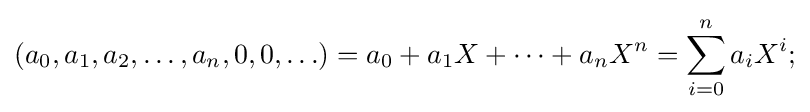
(a_{0},a_{1},a_{2},\ldots ,a_{n},0,0,\ldots )=a_{0}+a_{1}X+\cdots +a_{n}X^{n}=\sum _{i=0}^{n}a_{i}X^{i};